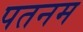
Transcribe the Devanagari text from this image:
पतनम